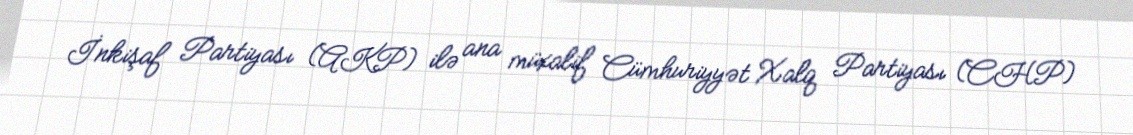
İnkişaf Partiyası (AKP) ilə ana müxalif Cümhuriyyət Xalq Partiyası (CHP)